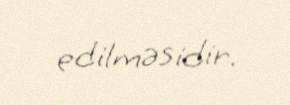
edilməsidir.